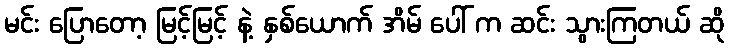
မင်း ပြောတော့ မြင့်မြင့် နဲ့ နှစ်ယောက် အိမ် ပေါ် က ဆင်း သွားကြတယ် ဆို